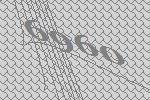
6960